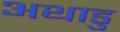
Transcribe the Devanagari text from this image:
अथाडु